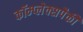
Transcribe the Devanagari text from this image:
कॉम्प्लेक्सपैकी